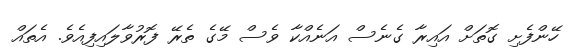
ހޭންފެށި ގޮތަށް އައިރާ ގެނެސް އަނެއްކާ ވެސް މޭގެ ތެރޭ ފޮރުވާލައިފިއެވެ. އެތައް